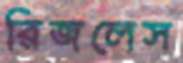
রিজলেস